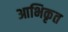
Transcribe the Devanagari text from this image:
आभिकृत